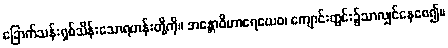
ခြောက်သန်းရှစ်သိန်းသောရဟန်းတို့ကို။ အန္တောဝိဟာရေယေဝ၊ ကျောင်းတွင်း၌သာလျှင်နေစေ၍။